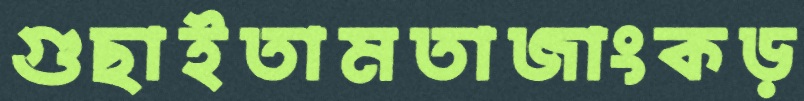
গুছাইতামতাজাংকড়